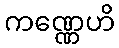
ကဏ္ဏေဟိ